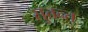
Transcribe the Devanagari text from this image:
सुत्तन्त